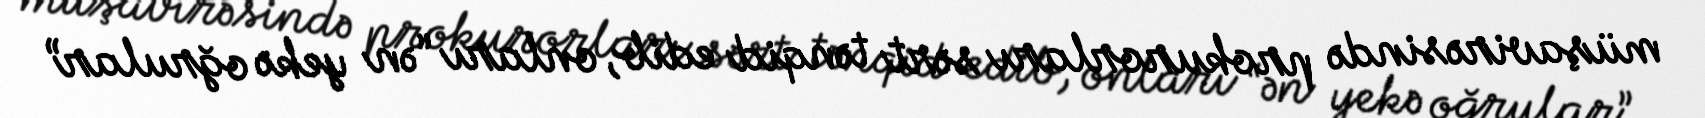
müşavirəsində prokurorları sərt tənqid edib, onları “ən yekə oğrular”